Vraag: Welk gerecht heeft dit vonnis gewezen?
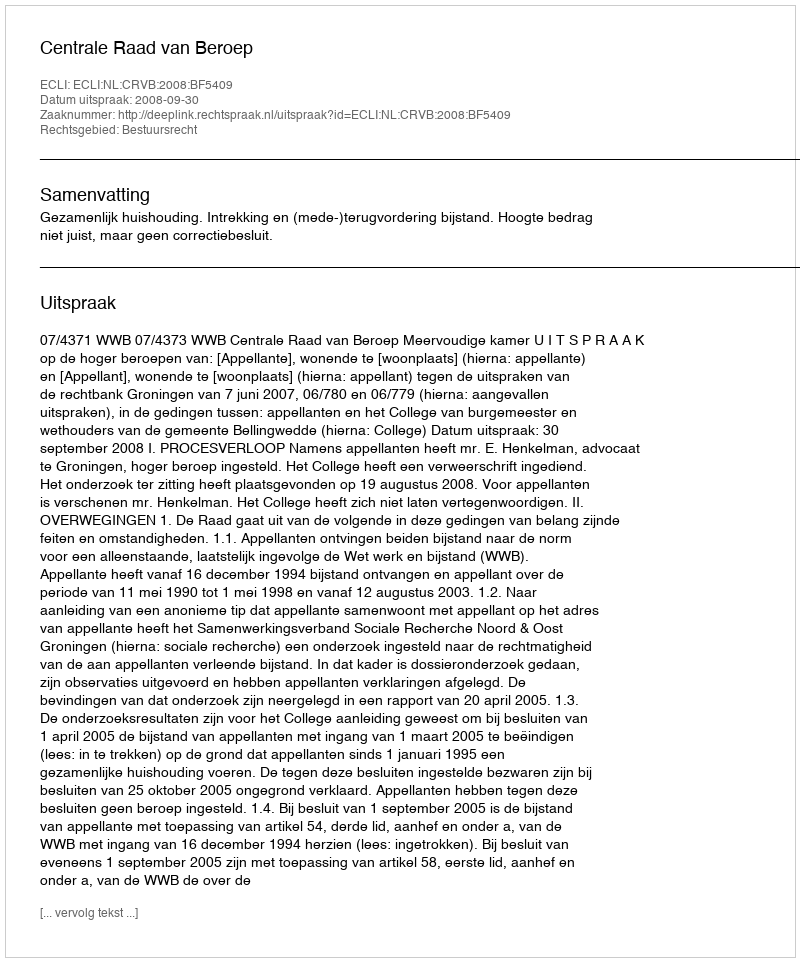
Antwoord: Centrale Raad van Beroep